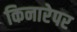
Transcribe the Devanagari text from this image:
किनारेपर